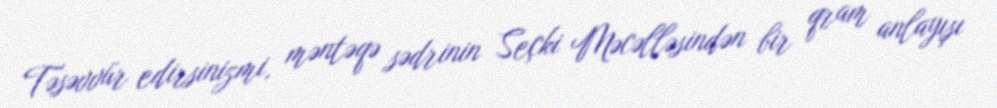
Təsəvvür edirsinizmi, məntəqə sədrinin Seçki Məcəlləsindən bir qram anlayışı